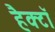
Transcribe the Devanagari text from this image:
हैक्टॉ